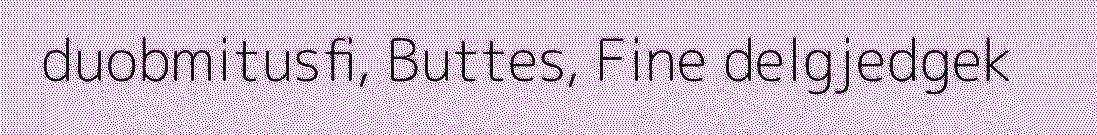
duobmitusfi, Buttes, Fine delgjedgek